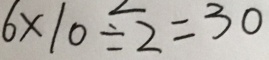
6 \times 1 0 \div 2 = 3 0